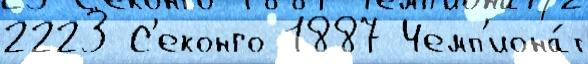
2223 С'еконго 1887 Чемп'иона́т